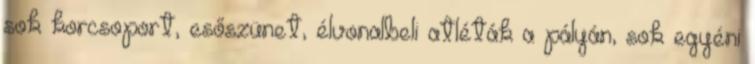
sok korcsoport, esőszünet, élvonalbeli atléták a pályán, sok egyéni